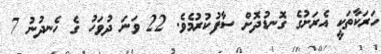
ހަރަކާތަކީ އެރަށުގެ ގޮނޑުދޮށް ސާފުކުރުމެވެ. 22 ވަނަ ދުވަހު ގެ ހެނދުނު 7